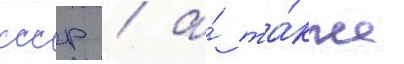
ссср / а́ та́кже